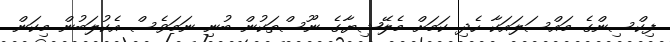
ފިކްސިންގެ މައްސަލައަކާ ހެދި ކަމަށް މެލޭޝިޔާގެ ނޫސްތަކުން ބުނި ނަމަވެސް އެކުލަބުން މިކަން